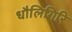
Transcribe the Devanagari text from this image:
धौलिगिरि